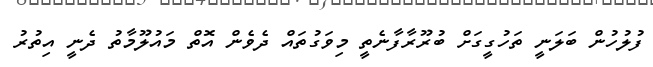
ފުލުހުން ބަލަނީ ތަހުގީގަށް ބުރޫރާފާނެތީ މިވަގުތައް ދެވެން އޮތް މައުލޫމާތު ދެނީ އިތުރު